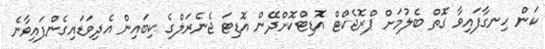
ކަން ހިނގާފައިވާ ގޮތް ބެލުމަށް ޕްރޮޖެކްޓް އޮޑިޓްކޮށްދޭން އޮޑިޓަ ޖެނެރަލްގެ ކިބައިން އެދިވަޑައިގެންފައިވާނެ